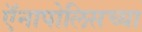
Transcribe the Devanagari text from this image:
ऍनापोलिसच्या